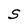
Character: S